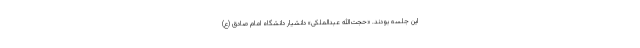
این جلسه بودند. «حجت‌الله عبدالملکی» دانشیار دانشگاه امام صادق (ع)